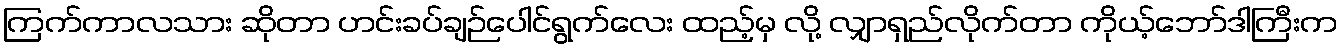
ကြက်ကာလသား ဆိုတာ ဟင်းခပ်ချဉ်ပေါင်ရွက်လေး ထည့်မှ လို့ လျှာရှည်လိုက်တာ ကိုယ့်ဘော်ဒါကြီးက